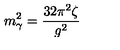
m _ { \gamma } ^ { 2 } = \frac { 3 2 \pi ^ { 2 } \zeta } { g ^ { 2 } }